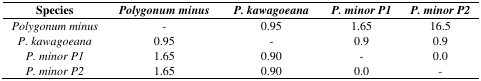
| Species | Polygonum minus | P. kawagoeana | P. minor P1 | P. minor P2 |
 | --- | --- | --- | --- | --- |
 | Polygonum minus | - | 0.95 | 1.65 | 16.5 |
 | P. kawagoeana | 0.95 | - | 0.9 | 0.9 |
 | P. minor P1 | 1.65 | 0.90 | - | 0.0 |
 | P. minor P2 | 1.65 | 0.90 | 0.0 | - |